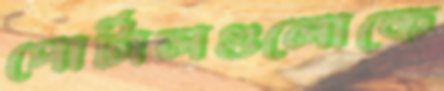
পোর্টালগুলোকে